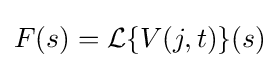
F(s)={\mathcal {L}}\{V(j,t)\}(s)